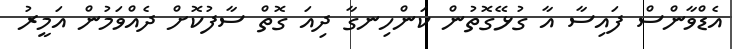
އެޑްވާންސް ފައިސާ އާ ގުޅޭގޮތުން ކަންހިނގާ ދިއަ ގޮތް ސާފުކޮށް ދެއްވަމުން އަމީރު